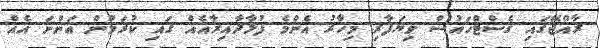
ރާއްޖޭގައި ގެސްޓްހައުސް ވިޔަފާރި މިހާރު އެންމެ ފުޅާދާއިރާއެއް ގައި ކުރަމުން އަންނަ އެއް